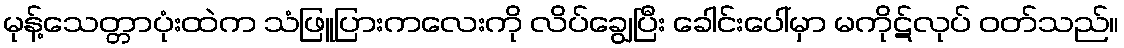
မုန့်သေတ္တာပုံးထဲက သံဖြူပြားကလေးကို လိပ်ချွေပြီး ခေါင်းပေါ်မှာ မကိုဋ်လုပ် ဝတ်သည်။